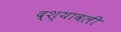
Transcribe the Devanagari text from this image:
द्श्यावली